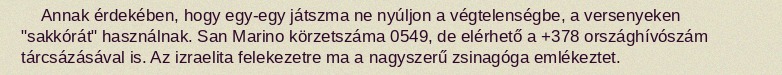
Annak érdekében, hogy egy-egy játszma ne nyúljon a végtelenségbe, a versenyeken "sakkórát" használnak. San Marino körzetszáma 0549, de elérhető a +378 országhívószám tárcsázásával is. Az izraelita felekezetre ma a nagyszerű zsinagóga emlékeztet.